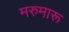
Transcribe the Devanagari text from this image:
मरुमारू